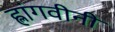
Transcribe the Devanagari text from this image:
ह्लांगवीनी